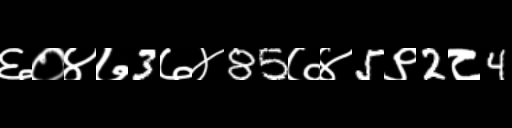
Text: ६०४७3७४85७४5९2८4